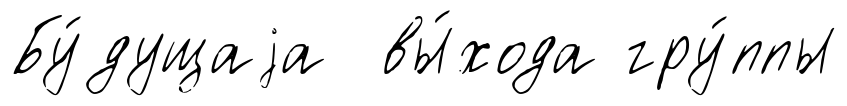
Бу́дущаjа вы́хода гру́ппы